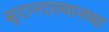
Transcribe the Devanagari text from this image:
सुदानदरम्यानच्या